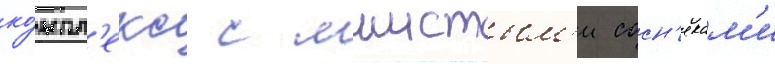
ко́мпл'екс с мшистым'и сосн'якам'и